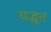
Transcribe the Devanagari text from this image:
यद्भूतं